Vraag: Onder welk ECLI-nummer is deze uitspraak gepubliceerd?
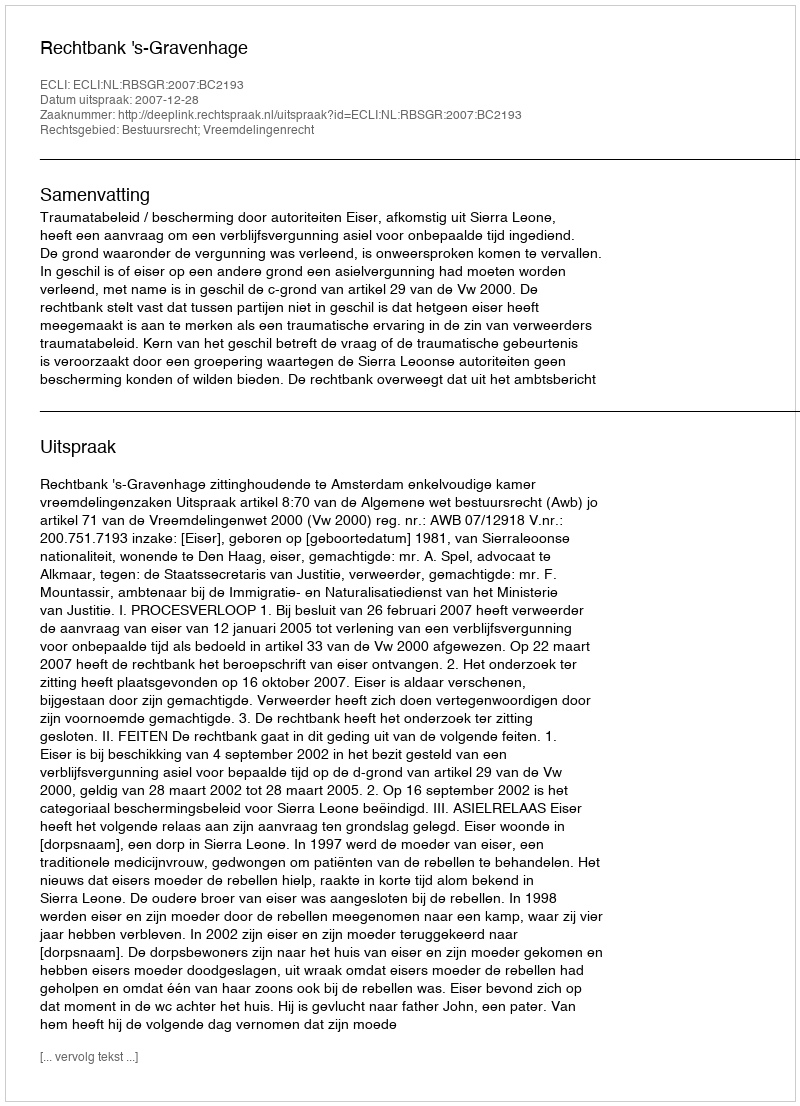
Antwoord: ECLI:NL:RBSGR:2007:BC2193